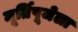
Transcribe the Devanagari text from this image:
मूर्तिपूजेला